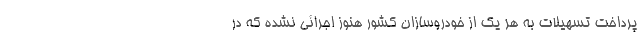
پرداخت تسهیلات به هر یک از خودروسازان کشور هنوز اجرائی نشده که در